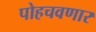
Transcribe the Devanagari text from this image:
पोहचवणार